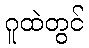
ဂူထဲတွင်